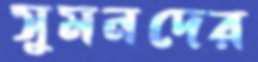
সুমনদের